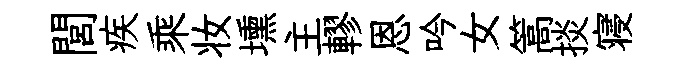
閭疾乘妆壎主轇恩吟女篙掞寝